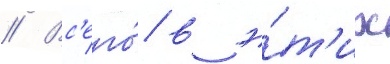
// Вс'его́ в э́т'их